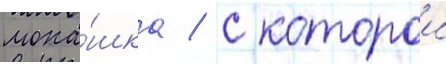
мона́шка / с которои